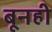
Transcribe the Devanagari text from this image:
बूनही